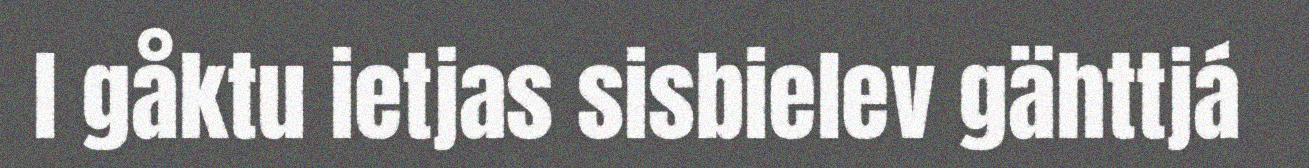
l gåktu ietjas sisbielev gähttjá